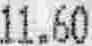
11.60